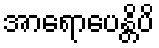
အာရောပေန္တိပိ